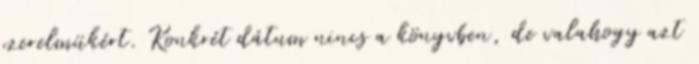
szerelmükért. Konkrét dátum nincs a könyvben, de valahogy azt